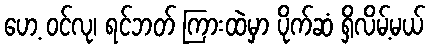
ဟေ့ ဝင်လု၊ ရင်ဘတ် ကြားထဲမှာ ပိုက်ဆံ ရှိလိမ့်မယ်